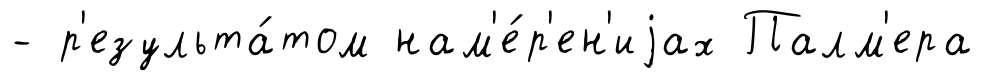
- р'езульта́том нам'е́р'ен'иjах Палм'ера